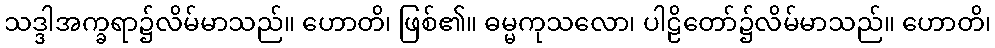
သဒ္ဒါအက္ခရာ၌လိမ်မာသည်။ ဟောတိ၊ ဖြစ်၏။ ဓမ္မကုသလော၊ ပါဠိတော်၌လိမ်မာသည်။ ဟောတိ၊